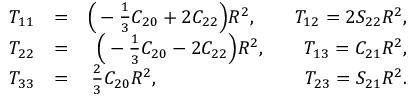
\begin{array} { r l r } { { \cal T } _ { 1 1 } } & { = } & { \Big ( - { \textstyle \frac { 1 } { 3 } } C _ { 2 0 } + 2 C _ { 2 2 } \Big ) R ^ { 2 } , \qquad { \cal T } _ { 1 2 } = 2 S _ { 2 2 } R ^ { 2 } , } \\ { { \cal T } _ { 2 2 } } & { = } & { \Big ( - { \textstyle \frac { 1 } { 3 } } C _ { 2 0 } - 2 C _ { 2 2 } \Big ) R ^ { 2 } , \qquad { \cal T } _ { 1 3 } = C _ { 2 1 } R ^ { 2 } , } \\ { { \cal T } _ { 3 3 } } & { = } & { { \textstyle \frac { 2 } { 3 } } C _ { 2 0 } R ^ { 2 } , \qquad \qquad \qquad \quad ~ ~ { \cal T } _ { 2 3 } = S _ { 2 1 } R ^ { 2 } . } \end{array}